Report on vaccination in Madras 1877-1894 - 1877-1894
Year: 1877
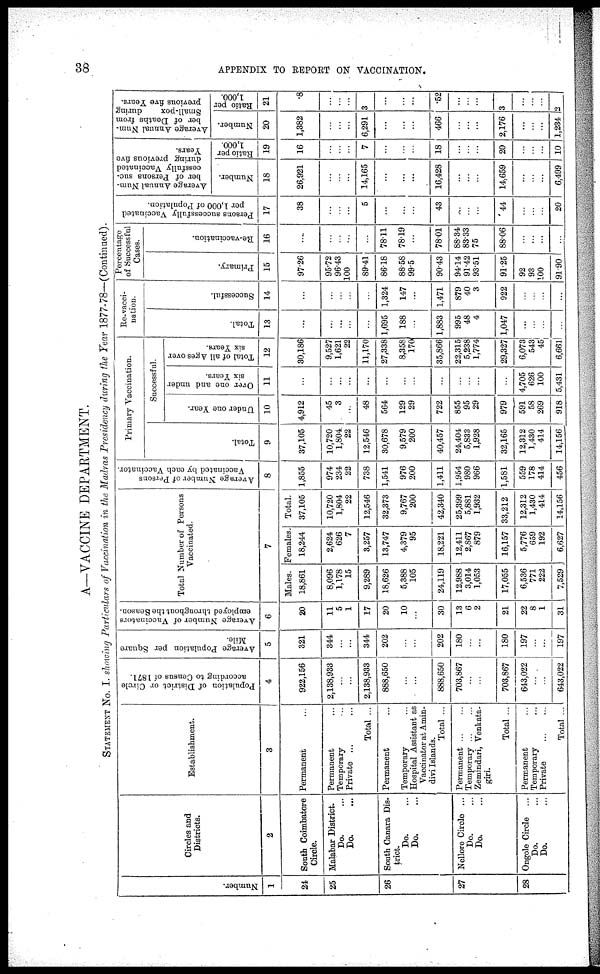
38
APPENDIX TO REPORT ON VACCINATION.
A—VACCINE DEPARTMENT.
STATEMENT No. I. showing Particulars of Vaccination in the Madras Presidency during the Year 1877-78—(Continued).
Number.
1
24
25
26
27
28
Circles and
Districts.
2
South Coimbatore
Circle.
Malabar District.
Do. ...
Do. ...
South Canara Dis-
trict.
Do. ...
Do. ...
Nellore Circle ...
Do. ...
Do. ...
Ongole Circle ...
Do. ...
Do. ...
Establishment.
3
Permanent ...
Permanent ...
Temporary ...
Private ... ...
Total ...
Permanent ...
Temporary ...
Hospital Assistant as
Vaccinator at Amin¬
divi Islands.
Total ...
Permanent ... ...
Temporary ... ...
Zemindari, Venkata¬
giri.
Total ...
Permanent ...
Temporary ...
Private
...
...
Total ...
Population of District or Circle
according to Census of 1871.
4
922,156
2,138,938
...
...
2,138,933
888,650
...
...
888,650
703,867
...
...
703,867
643,022
...
...
643,022
Average Population per Square
Mile.
5
321
344
...
...
344
202
...
...
202
180
...
...
180
197
...
...
197
Average Number of Vaccinators
employed throughout the Season.
6
20
11
5
1
17
20
10
...
30
13
6
2
21
22
8
1
31
Total Number of Persons
Vaccinated.
7
Males.
18,861
8,096
1,178
15
9,289
18,626
5,388
105
24,119
12,988
3,014
1
17,055
6,536
771
222
7,529
Females.
18,244
2,624
626
7
3,257
13,747
4,379
95
18,221
12,411
2,867
879
16,157
5,776
659
192
6,627
Total.
37,105
10,720
1,804
22
12,546
32,373
9,767
200
42,340
25,399
5,881
1,932
33,212
12,312
1,430
414
14,156
Average Number of Persons
Vaccinated by each Vaccinator.
8
1,855
974
234
22
738
1,541
976
200
1,411
1,954
980
966
1,581
559
178
414
456
Primary Vaccination.
Total.
9
37,105
10,720
1,804
22
12,546
30,678
9,579
200
40,457
24,404
5,833
1,928
32,165
12,312
1,430
414
14,156
Successful.
Under one Year.
10
4,912
45
3
...
48
564
129
29
722
855
95
29
979
591
58
269
918
Over one and under
six Years.
11
...
...
...
...
...
...
...
...
...
...
...
...
...
4,705
626
100
5,431
Total of all Ages over
six Years.
12
30,186
9,527
1,621
22
11,170
27,338
8,358
170
35,866
22,315
5,238
...
29,327
6,073
543
45
6,661
Re-vacci-
nation.
Total.
13
...
...
...
...
...
1,695
188
...
1,883
995
48
4
1,047
...
...
...
...
Successful.
14
...
...
...
...
...
1,324
147
...
1,471
879
40
3
922
...
...
...
...
Percentage
of Successful
Cases.
Primary.
15
97.26
95.72
96.43
100
89.41
86.18
88.58
99.5
90.43
94.14
91.42
93.51
91.25
92
93
100
91.90
Re-vaccination.
16
....
...
...
...
...
78.11
78.19
...
78.01
88.34
83.33
75
88.06
...
...
...
...
Persons successfully Vaccinated
per 1,000 of Population.
17
38
...
...
...
5
...
...
...
43
...
...
...
44
...
...
...
20
Average Annual Num-
ber of Persons suc-
cessfully Vaccinated
during previous five
Years.
Number.
18
26,921
...
...
...
14,165
...
...
...
16,428
...
...
...
14,659
...
...
...
6,499
Ratio per
1,000.
19
16
...
...
...
7
...
...
...
18
...
...
...
20
...
...
...
10
Average Annual Num-
ber of Deaths from
Small-pox
during
previous five Years.
Number.
20
1,382
...
...
...
6,291
...
...
...
466
...
...
...
2,176
...
...
...
1,234
Ratio per
1,000.
21
.8
...
...
...
3
...
...
...
.52
...
...
...
3
...
...
...
2